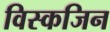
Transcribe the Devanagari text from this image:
विस्कजिन